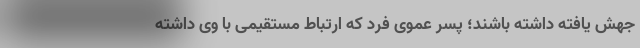
جهش یافته داشته باشند؛ پسر عموی فرد که ارتباط مستقیمی با وی داشته